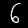
Label: 6